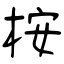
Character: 桉